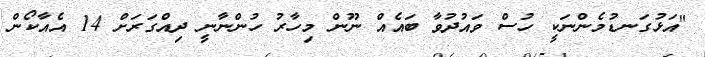
"އަޅުގަނޑުމެންނަކީ ހުސް ވައުދުވާ ބައެއް ނޫން މިހާރު ހުންނާނީ ދިއްގަރަށް 14 އެއާކޯން